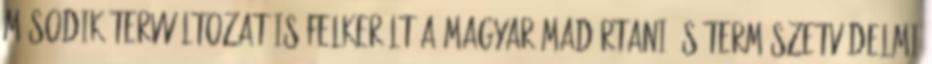
második tervváltozat is felkerült a Magyar Madártani és Természetvédelmi